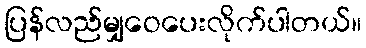
ပြန်လည်မျှဝေပေးလိုက်ပါတယ်။